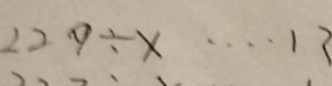
2 2 9 \div x \cdots 1 3